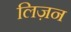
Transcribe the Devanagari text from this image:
लिज़न